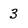
Character: 3